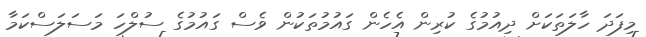
މިފަދަ ހާލަތަކަށް ދިއުމުގެ ކުރިން އެހެން ގައުމުތަކުން ވެސް ގައުމުގެ ސުލްހަ މަސަލަސްކަމާ